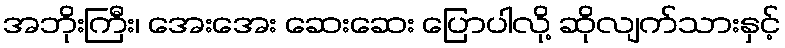
အဘိုးကြီး၊ အေးအေး ဆေးဆေး ပြောပါလို့ ဆိုလျက်သားနှင့်